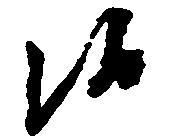
候